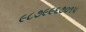
૯૮૭૯૯૬૭૦૧૫